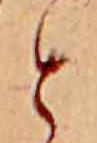
と